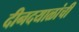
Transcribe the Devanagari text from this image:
दीनदयाळांची